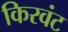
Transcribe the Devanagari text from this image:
किरवंट